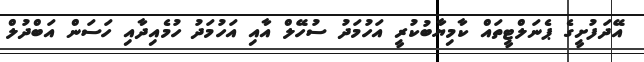
އޭދަފުށީގެ ޕެނަލްޓީތައް ކާމިޔާބުކުރީ އަހުމަދު ސުހޭލް އާއި އަހުމަދު ހުމެއިދާއި ހަސަން އަބްދުލް